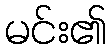
မင်း၏